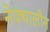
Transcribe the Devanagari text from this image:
नेफ्थालीन